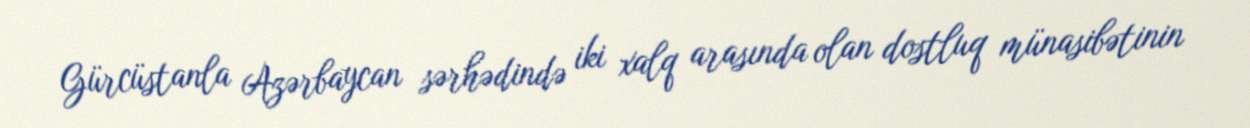
Gürcüstanla Azərbaycan sərhədində iki xalq arasında olan dostluq münasibətinin